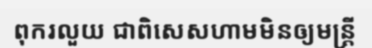
ពុករលួយ ជាពិសេសហាមមិនឲ្យមន្ត្រី